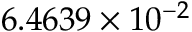
6 . 4 6 3 9 \times 1 0 ^ { - 2 }